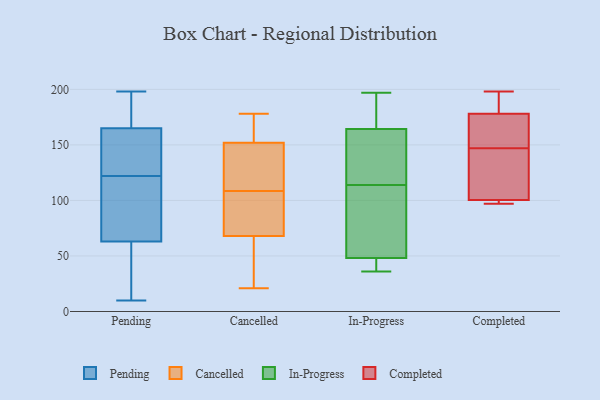
{"axis": {"x": "Revenue (USD Million)", "y": "Value"}, "legend": ["Cancelled", "Completed", "In-Progress", "Pending"], "data": [{"x": "", "y": 87, "type": "Pending"}, {"x": "", "y": 61, "type": "Pending"}, {"x": "", "y": 122, "type": "Pending"}, {"x": "", "y": 166, "type": "Pending"}, {"x": "", "y": 138, "type": "Pending"}, {"x": "", "y": 148, "type": "Pending"}, {"x": "", "y": 131, "type": "Pending"}, {"x": "", "y": 186, "type": "Pending"}, {"x": "", "y": 47, "type": "Pending"}, {"x": "", "y": 69, "type": "Pending"}, {"x": "", "y": 83, "type": "Pending"}, {"x": "", "y": 108, "type": "Pending"}, {"x": "", "y": 162, "type": "Pending"}, {"x": "", "y": 10, "type": "Pending"}, {"x": "", "y": 168, "type": "Pending"}, {"x": "", "y": 11, "type": "Pending"}, {"x": "", "y": 173, "type": "Pending"}, {"x": "", "y": 35, "type": "Pending"}, {"x": "", "y": 198, "type": "Pending"}, {"x": "", "y": 106, "type": "Cancelled"}, {"x": "", "y": 143, "type": "Cancelled"}, {"x": "", "y": 152, "type": "Cancelled"}, {"x": "", "y": 30, "type": "Cancelled"}, {"x": "", "y": 157, "type": "Cancelled"}, {"x": "", "y": 94, "type": "Cancelled"}, {"x": "", "y": 178, "type": "Cancelled"}, {"x": "", "y": 21, "type": "Cancelled"}, {"x": "", "y": 111, "type": "Cancelled"}, {"x": "", "y": 68, "type": "Cancelled"}, {"x": "", "y": 122, "type": "In-Progress"}, {"x": "", "y": 197, "type": "In-Progress"}, {"x": "", "y": 196, "type": "In-Progress"}, {"x": "", "y": 161, "type": "In-Progress"}, {"x": "", "y": 40, "type": "In-Progress"}, {"x": "", "y": 114, "type": "In-Progress"}, {"x": "", "y": 46, "type": "In-Progress"}, {"x": "", "y": 49, "type": "In-Progress"}, {"x": "", "y": 36, "type": "In-Progress"}, {"x": "", "y": 148, "type": "In-Progress"}, {"x": "", "y": 174, "type": "In-Progress"}, {"x": "", "y": 69, "type": "In-Progress"}, {"x": "", "y": 67, "type": "In-Progress"}, {"x": "", "y": 150, "type": "Completed"}, {"x": "", "y": 97, "type": "Completed"}, {"x": "", "y": 100, "type": "Completed"}, {"x": "", "y": 144, "type": "Completed"}, {"x": "", "y": 164, "type": "Completed"}, {"x": "", "y": 187, "type": "Completed"}, {"x": "", "y": 101, "type": "Completed"}, {"x": "", "y": 198, "type": "Completed"}, {"x": "", "y": 134, "type": "Completed"}, {"x": "", "y": 176, "type": "Completed"}, {"x": "", "y": 180, "type": "Completed"}, {"x": "", "y": 100, "type": "Completed"}]}